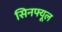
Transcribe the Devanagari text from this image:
सिनफ्यूल